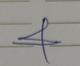
Signature authenticity: forged